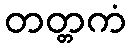
တတ္တကံ